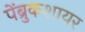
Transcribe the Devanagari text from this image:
पेंब्रुकशायर